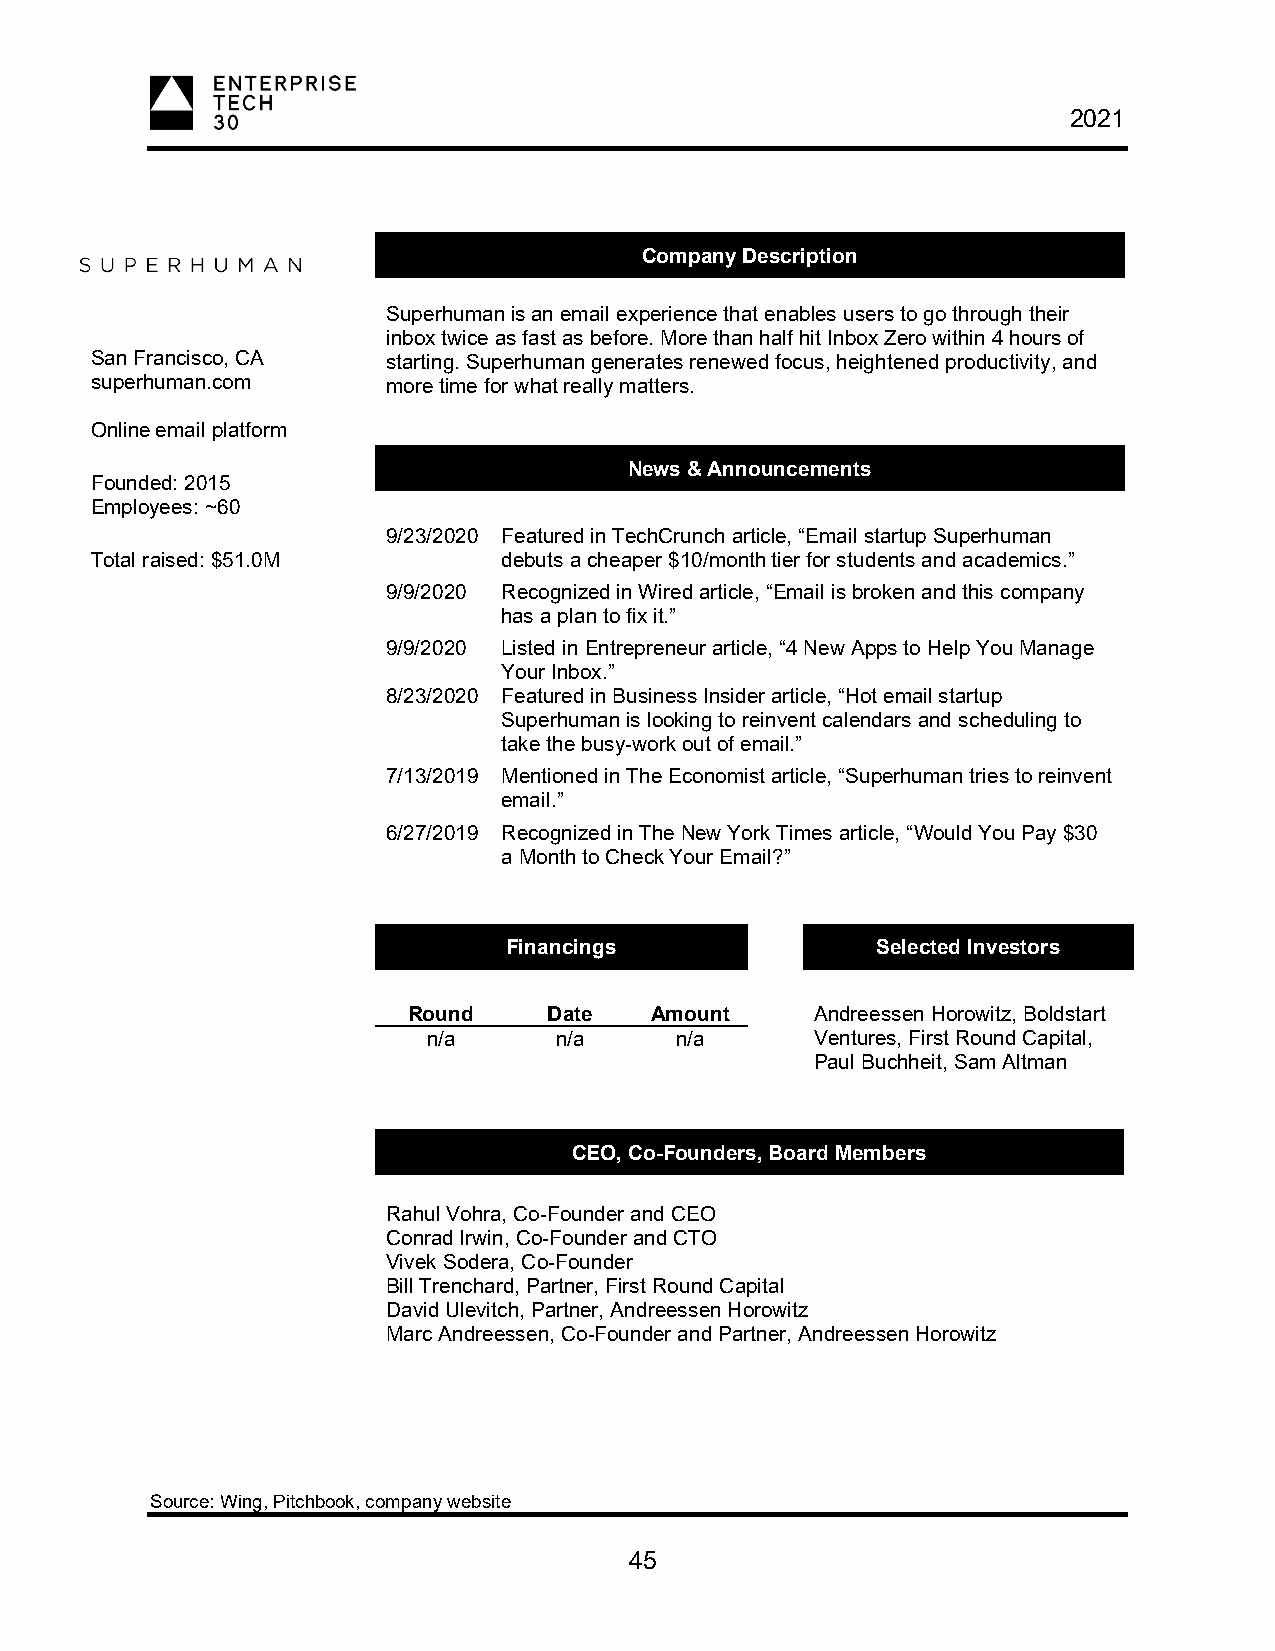
2021
 Company Description
 Superhuman is an email experience that enables users to go through their
 inbox twice as fast as before. More than half hit Inbox Zero within 4 hours of
 San Francisco, CA   starting. Superhuman generates renewed focus, heightened productivity, and
 superhuman.com      more time for what really matters.
 Online email platform
 News & Announcements
 Founded: 2015
 Employees: ~60
 9/23/2020 Featured in TechCrunch article, “Email startup Superhuman
 Total raised: $51.0M       debuts a cheaper $10/month tier for students and academics.”
 9/9/2020 Recognized in Wired article, “Email is broken and this company
 has a plan to fix it.”
 9/9/2020 Listed in Entrepreneur article, “4 New Apps to Help You Manage
 Your Inbox.”
 8/23/2020 Featured in Business Insider article, “Hot email startup
 Superhuman is looking to reinvent calendars and scheduling to
 take the busy-work out of email.”
 7/13/2019 Mentioned in The Economist article, “Superhuman tries to reinvent
 email.”
 6/27/2019 Recognized in The New York Times article, “Would You Pay $30
 a Month to Check Your Email?”
 Financings              Selected Investors
 Round    Date   Amount     Andreessen Horowitz, Boldstart
 n/a      n/a     n/a      Ventures, First Round Capital,
 Paul Buchheit, Sam Altman
 CEO, Co-Founders, Board Members
 Rahul Vohra, Co-Founder and CEO
 Conrad Irwin, Co-Founder and CTO
 Vivek Sodera, Co-Founder
 Bill Trenchard, Partner, First Round Capital
 David Ulevitch, Partner, Andreessen Horowitz
 Marc Andreessen, Co-Founder and Partner, Andreessen Horowitz
 Source: Wing, Pitchbook, company website
 45